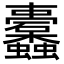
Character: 𮕛